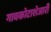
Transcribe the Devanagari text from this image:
गावकोटाशेजारी